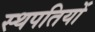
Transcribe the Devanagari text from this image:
स्थपतियों